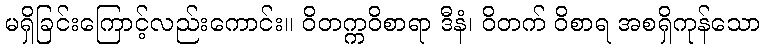
မရှိခြင်းကြောင့်လည်းကောင်း။ ဝိတက္ကဝိစာရာ ဒီနံ၊ ဝိတက် ဝိစာရ အစရှိကုန်သော